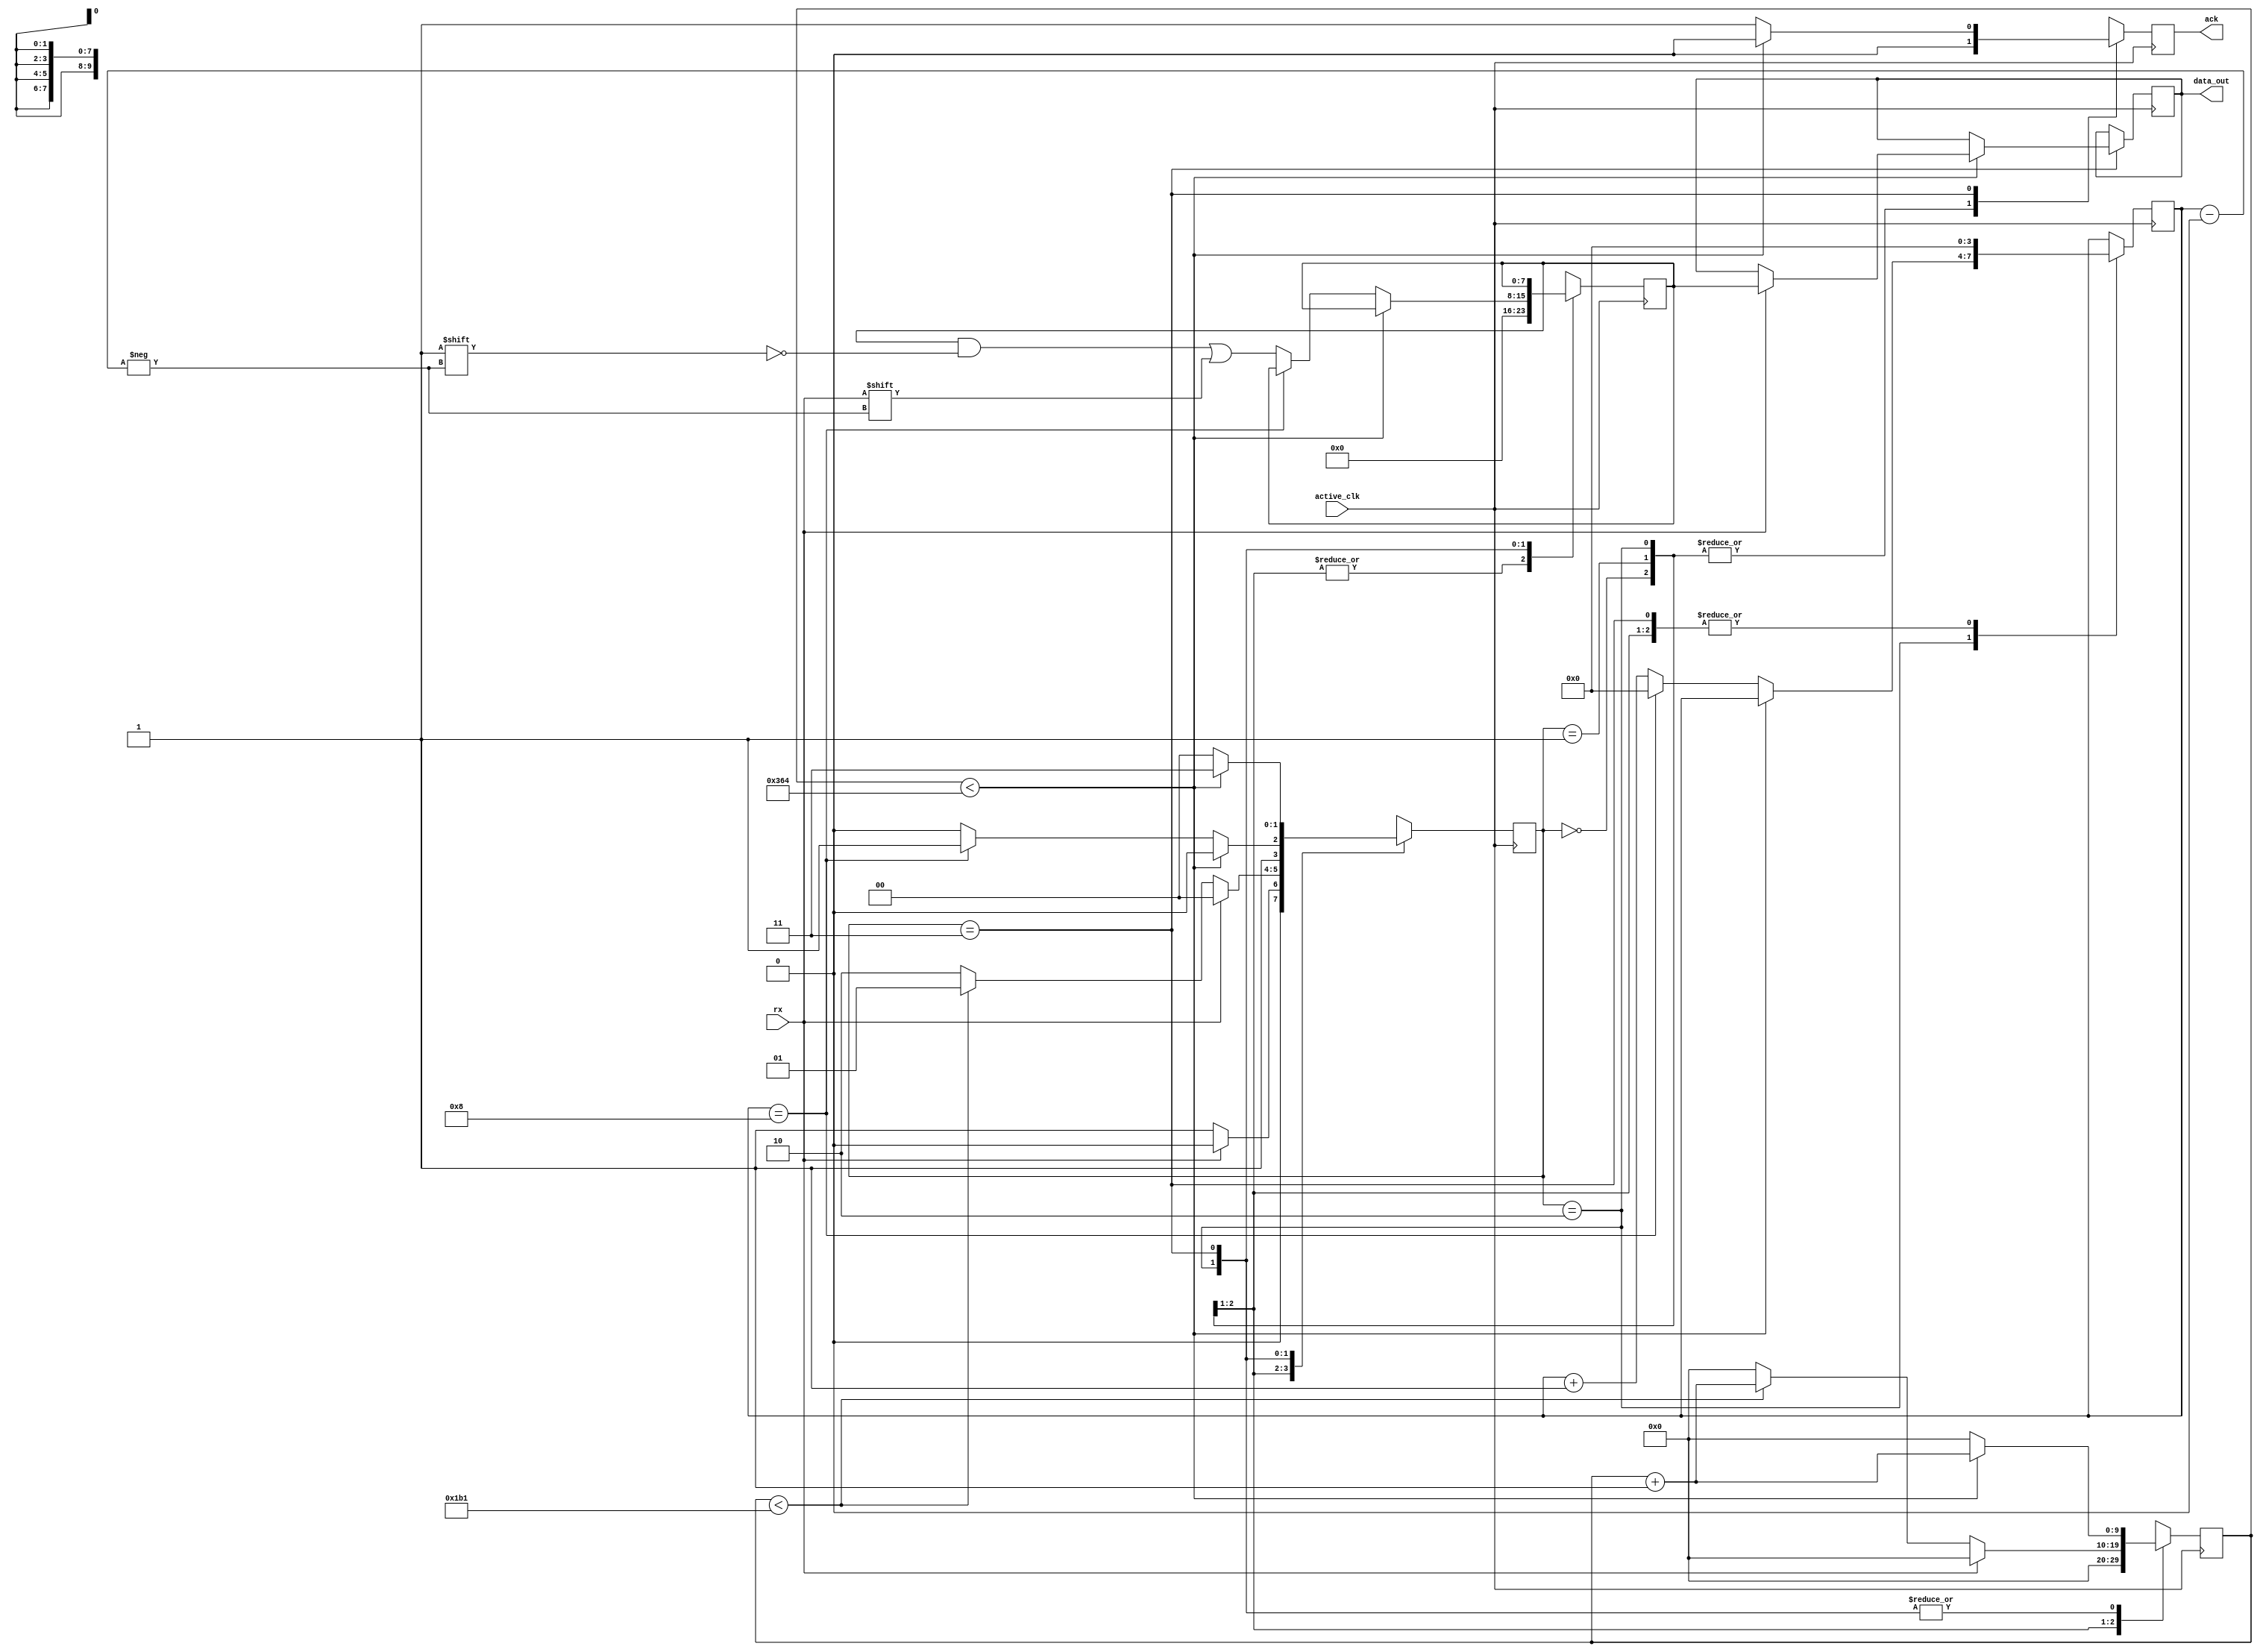
`timescale 1ns / 1ps
//////////////////////////////////////////////////////////////////////////////////
// Company: 
// Engineer: 
// 
// Design Name: 
// Module Name: receiver
// Project Name: 
// Target Devices: 
// Tool Versions: 
// Description: 
// 
// Dependencies: 
// 
// Revision:
// Revision 0.01 - File Created
// Additional Comments:
// 
//////////////////////////////////////////////////////////////////////////////////


module receiver(active_clk, rx, data_out, ack);

    input active_clk;
    input rx;
    output reg [7:0]data_out;
    output reg ack;
    
    reg [7:0]data;
    reg [1:0]state;
    reg [9:0]count;
    reg [3:0]bitcount;
    
    parameter CLK_RATE_PER_BIT = 868; //CLK_RATE / BAUD_RATE
    parameter IDLE = 2'b00;
    parameter START = 2'b01;
    parameter DATA = 2'b10;
    parameter STOP = 2'b11;
    
    always @(posedge active_clk) begin
        case(state)
            IDLE: begin
                if(!rx) begin
                    state <= START;
                end
                else begin
                    state <= IDLE;
                end
                count <= 0;
                bitcount <= 0;
                data <= 0;
                ack <= 0;
            end
            START: begin
                if(!rx) begin
                    if(count < (CLK_RATE_PER_BIT-1)/2) begin
                        count <= count + 1;
                        state <= START;
                    end
                    else begin
                        count <= 0;
                        state <= DATA;
                    end
                end
                else begin
                    count <= 0;
                    state <= IDLE;
                end
                bitcount <= 0;
                data <= 0;
                ack <= 0;
            end
            DATA: begin
                if(count < CLK_RATE_PER_BIT) begin
                    count <= count + 1;
                    state <= DATA;
                    ack <= 0;
                end
                else begin
                    if(bitcount == 4'b1000) begin
                        bitcount <= 0;
                        count <= 0;
                        state <= STOP;
                        ack <= 0;
                    end
                    else begin
                        data[bitcount] <= rx; 
                        bitcount <= bitcount + 1;                       
                        count <= 0;
                        state <= DATA;
                        ack <= 0;
                    end                
                end
            end
            STOP: begin
                if(count < CLK_RATE_PER_BIT) begin
                    count <= count + 1;
                    if(rx) begin
                        data_out <= data;
                    end
                    state <= STOP;
                    ack <= 0;
                end
                else begin
                    count <= 0;
                    state <= IDLE;
                    ack <= 1;
                end
                bitcount <= 0;
            end
            default: begin
                state <= IDLE;
                count <= 0;
                bitcount <= 0;
                data <= 0;
                data_out <= 0;
                ack <= 0;
            end
        endcase
    end
endmodule